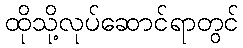
ထိုသို့လုပ်ဆောင်ရာတွင်